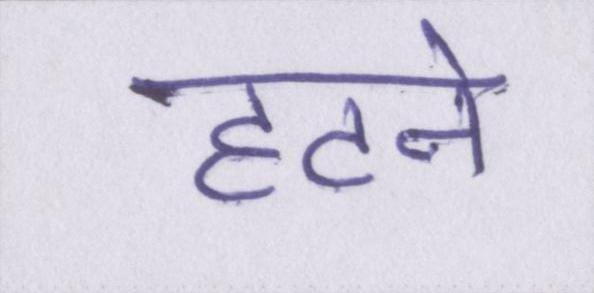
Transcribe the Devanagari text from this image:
हटने